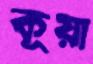
কূয়া